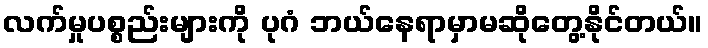
လက်မှုပစ္စည်းများကို ပုဂံ ဘယ်နေရာမှာမဆိုတွေ့နိုင်တယ်။